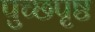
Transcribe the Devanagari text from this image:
पुच्छपृष्ठ